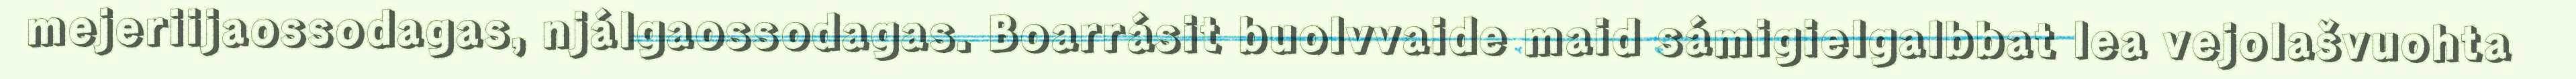
mejeriijaossodagas, njálgaossodagas. Boarrásit buolvvaide maid sámigielgalbbat lea vejolašvuohta